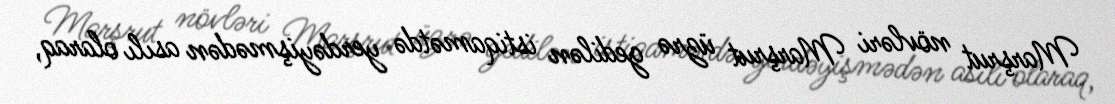
Marşrut növləri Marşrut üzrə gedilən istiqamətdə yerdəyişmədən asılı olaraq,